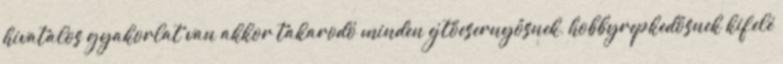
hivatalos gyakorlat van akkor takarodó minden ejtőesernyősnek, hobbyrepkedősnek kifelé